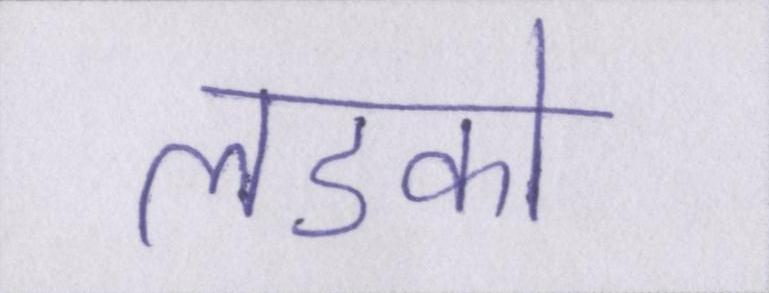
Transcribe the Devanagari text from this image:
लडको